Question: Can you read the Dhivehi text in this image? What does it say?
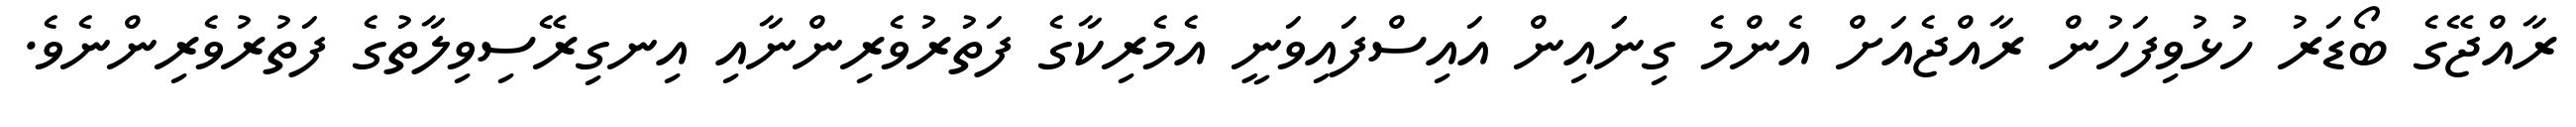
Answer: ރާއްޖޭގެ ބޯޑަރު ހުޅުވިފަހުން ރާއްޖެއަށް އެންމެ ގިނަައިން އައިސްފައިވަނީ އެމެރިކާގެ ފަތުރުވެރިންނާއި އިނގިރޭސިވިލާތުގެ ފަތުރުވެރިންނެވެ.